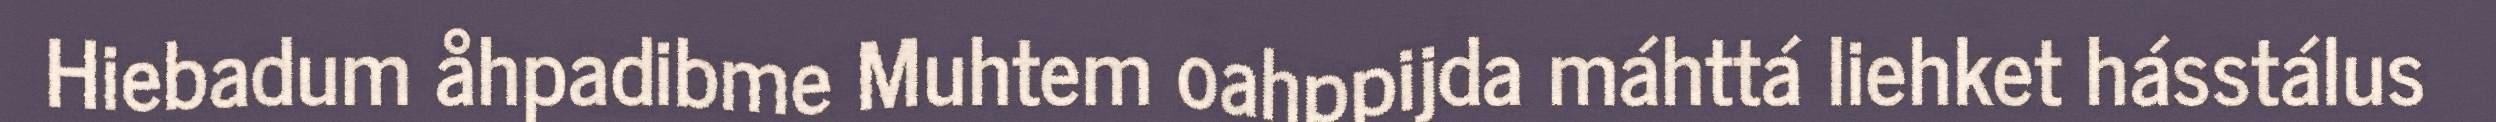
Hiebadum åhpadibme Muhtem oahppijda máhttá liehket hásstálus